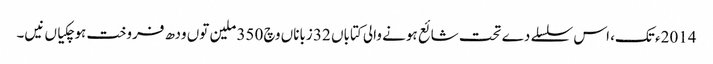
2014ء تک، اس سلسلے دے تحت شائع ہونے والی کتاباں 32 زباناں وچ 350 ملین تو‏ں ودھ فروخت ہوچکیاں نیں۔